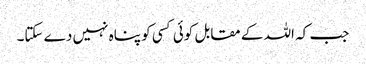
جب کہ اللہ کے مقابل کوئی کسی کو پناہ نہیں دے سکتا۔